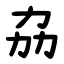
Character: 劦